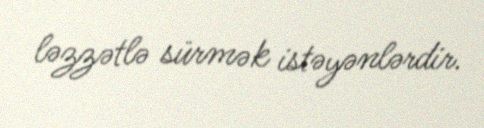
ləzzətlə sürmək istəyənlərdir.